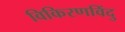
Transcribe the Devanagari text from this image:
विकिरणविंदु